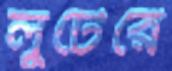
লুটেরে